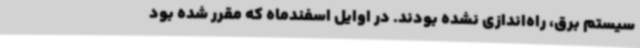
سیستم برق، راه‌اندازی نشده بودند. در اوایل اسفندماه که مقرر شده بود